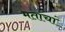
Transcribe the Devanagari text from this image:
मताचां